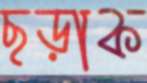
ছড়াক